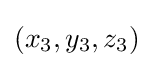
(x_{3},y_{3},z_{3})